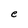
Character: e